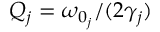
Q _ { j } = \omega _ { 0 _ { j } } / ( 2 \gamma _ { j } )